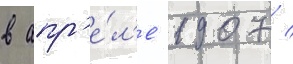
в апр'е́л'е 1907 /